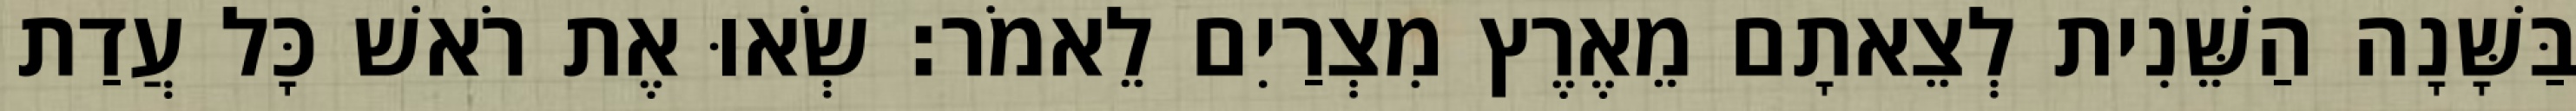
בַּשָּׁנָה הַשֵּׁנִית לְצֵאתָם מֵאֶרֶץ מִצְרַיִם לֵאמֹר׃ שְׂאוּ אֶת רֹאשׁ כָּל עֲדַת